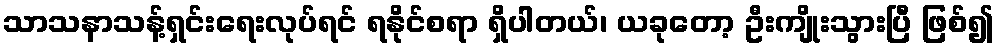
သာသနာသန့်ရှင်းရေးလုပ်ရင် ရနိုင်စရာ ရှိပါတယ်၊ ယခုတော့ ဦးကျိုးသွားပြီ ဖြစ်၍